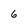
Character: 6